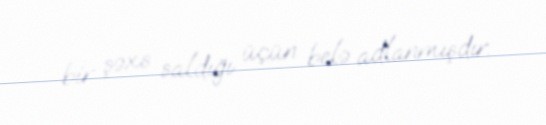
bir şəxs saldığı üçün belə adlanmışdır.